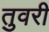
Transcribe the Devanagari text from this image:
तुवरी